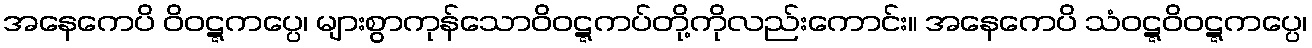
အနေကေပိ ဝိဝဋ္ဋကပ္ပေ၊ များစွာကုန်သောဝိဝဋ္ဋကပ်တို့ကိုလည်းကောင်း။ အနေကေပိ သံဝဋ္ဋဝိဝဋ္ဋကပ္ပေ၊